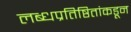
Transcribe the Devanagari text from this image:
लब्धप्रतिष्ठितांकडून